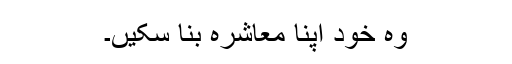
وہ خود اپنا معاشرہ بنا سکیں۔